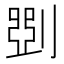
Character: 㓸